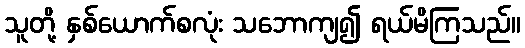
သူတို့ နှစ်ယောက်စလုံး သဘောကျ၍ ရယ်မိကြသည်။